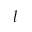
l